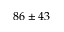
8 6 \pm 4 3